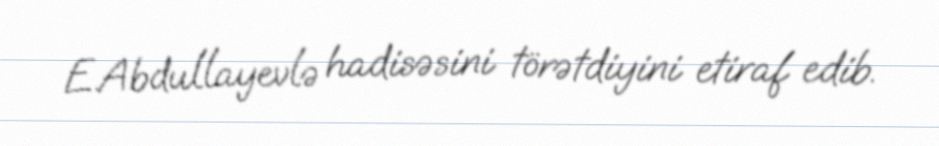
E.Abdullayevlə hadisəsini törətdiyini etiraf edib.